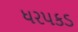
ધરપકડ